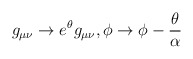
\begin{align*}g_{\mu\nu} \rightarrow e^{\theta} g_{\mu\nu},\phi \rightarrow \phi - \frac{\theta}{\alpha}\end{align*}